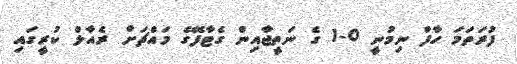
ފުރަތަމަ ހާފް ނިމުނީ 0-1 ގެ ނަތީޖާއިން ގެޓާފޭގެ މައްޗަށް ރެއާލް ކުރީގައި